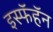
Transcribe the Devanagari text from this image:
इस्फॅहॅन